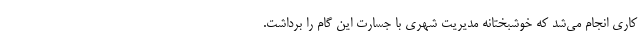
کاری انجام می‌شد که خوشبختانه مدیریت شهری با جسارت این گام را برداشت.